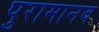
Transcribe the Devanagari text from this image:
पुरामानव